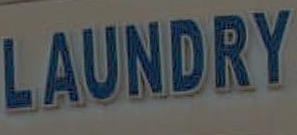
LAUNDRY